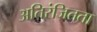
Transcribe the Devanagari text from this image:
अतिरंजितता